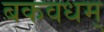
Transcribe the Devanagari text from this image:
बकवधम्